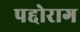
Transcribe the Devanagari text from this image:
पद्दोराग